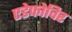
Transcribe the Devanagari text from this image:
एडेफोविर